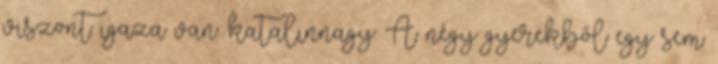
viszont igaza van. katalinnagy: A négy gyerekből egy sem